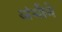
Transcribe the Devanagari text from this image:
अंभीने